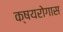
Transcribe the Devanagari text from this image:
क्षयरोगास